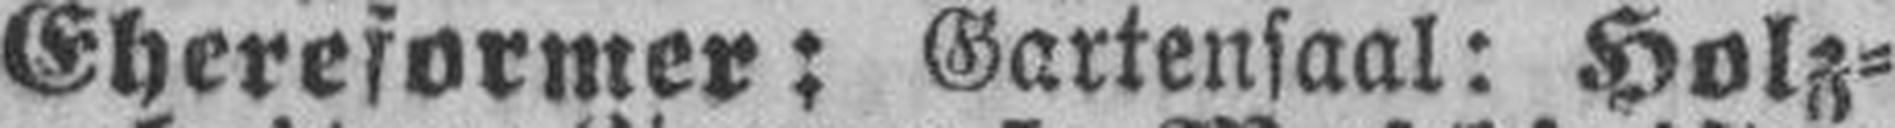
Ehereformer: Gartensaal: Holz¬